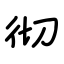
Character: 彻